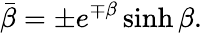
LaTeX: \bar{\beta}=\pm e^{\mp\beta}\sinh\beta.